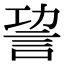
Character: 𧦪